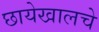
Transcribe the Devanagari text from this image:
छायेखालचे